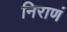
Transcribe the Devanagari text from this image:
निराणं